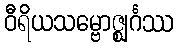
ဝီရိယသမ္ဗောဇ္ဈင်္ဂဿ